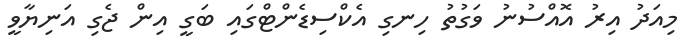
މިއަދު އިރު އޮއްސުނު ވަގުތު ހިނގި އެކްސިޑެންޓްގައި ބަގީ އިން ޖެގި އަނިޔާވީ